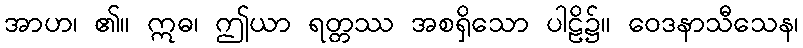
အာဟ၊ ၏။ ဣဓ၊ ဤယာ ရတ္တဿ အစရှိသော ပါဠိ၌။ ဝေဒနာသီသေန၊